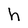
Character: h